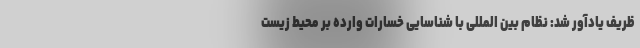
ظریف یادآور شد: نظام بین المللی با شناسایی خسارات وارده بر محیط زیست